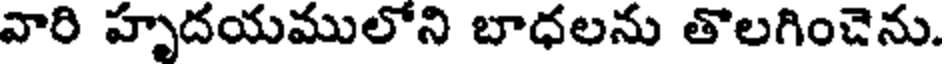
వారి హృదయములోని బాధలను తొలగించెను.